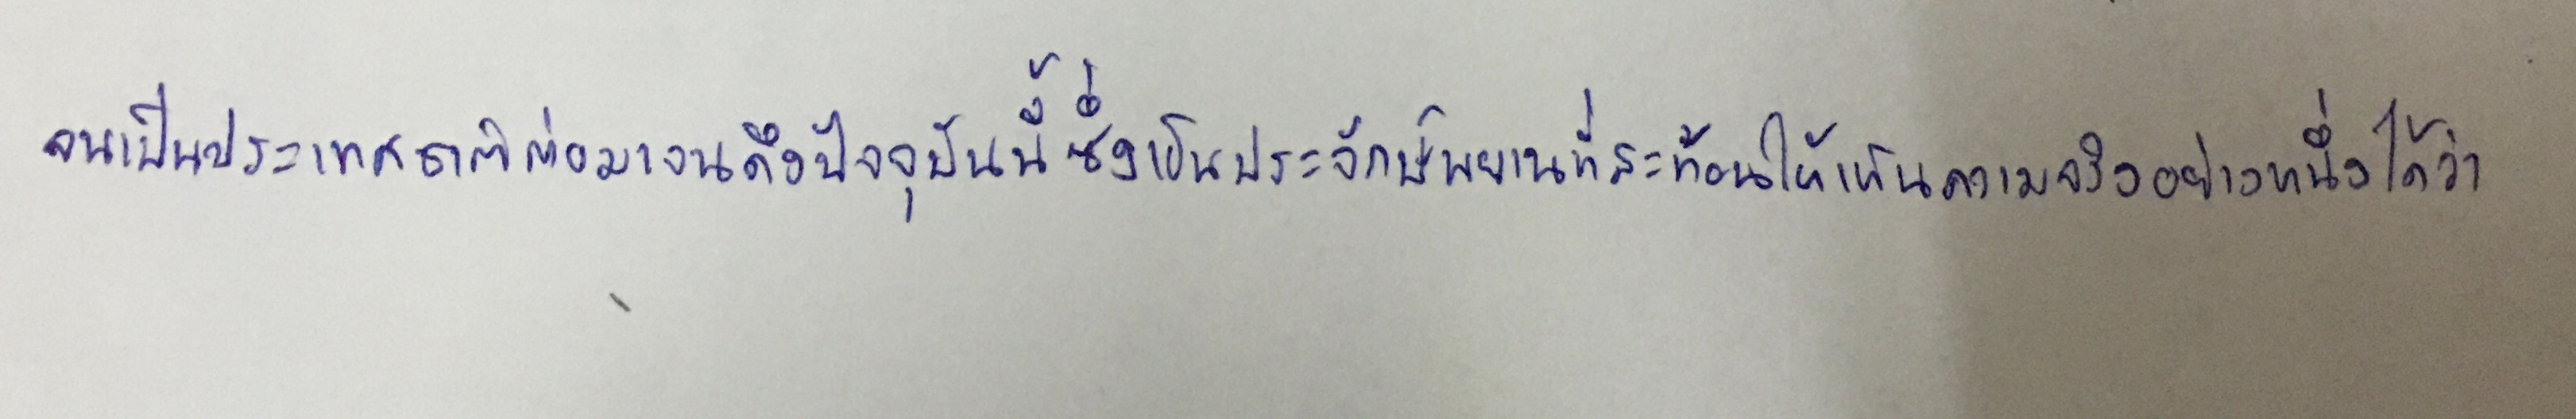
จนเป็นประเทศชาติต่อมาจนถึงปัจจุบันนี้ซึ่งเป็นประจักษ์พยานที่สะท้อนให้เห็นความจริงอย่างหนึ่งได้ว่า